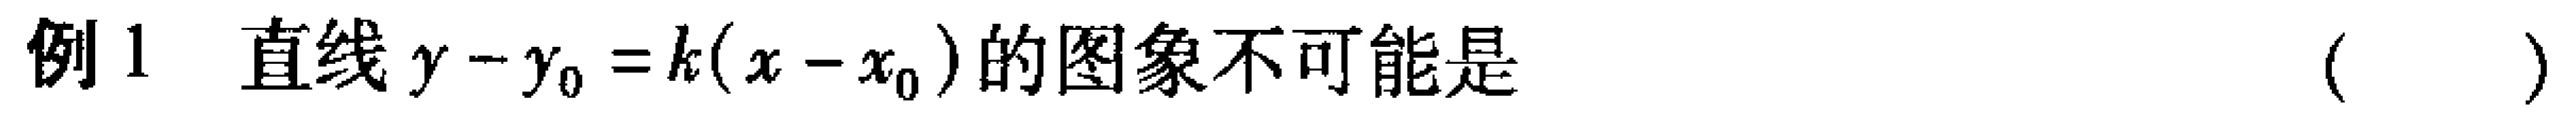
例1 直线\(y - y_{0} = k(x - x_{0})\)的图象不可能是（  ）